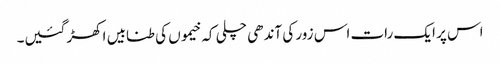
اس پر ایک رات اس زور کی آندھی چلی کہ خیموں کی طنابیں اکھڑ گئیں۔